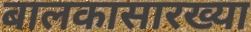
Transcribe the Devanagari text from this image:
बालकासारख्या